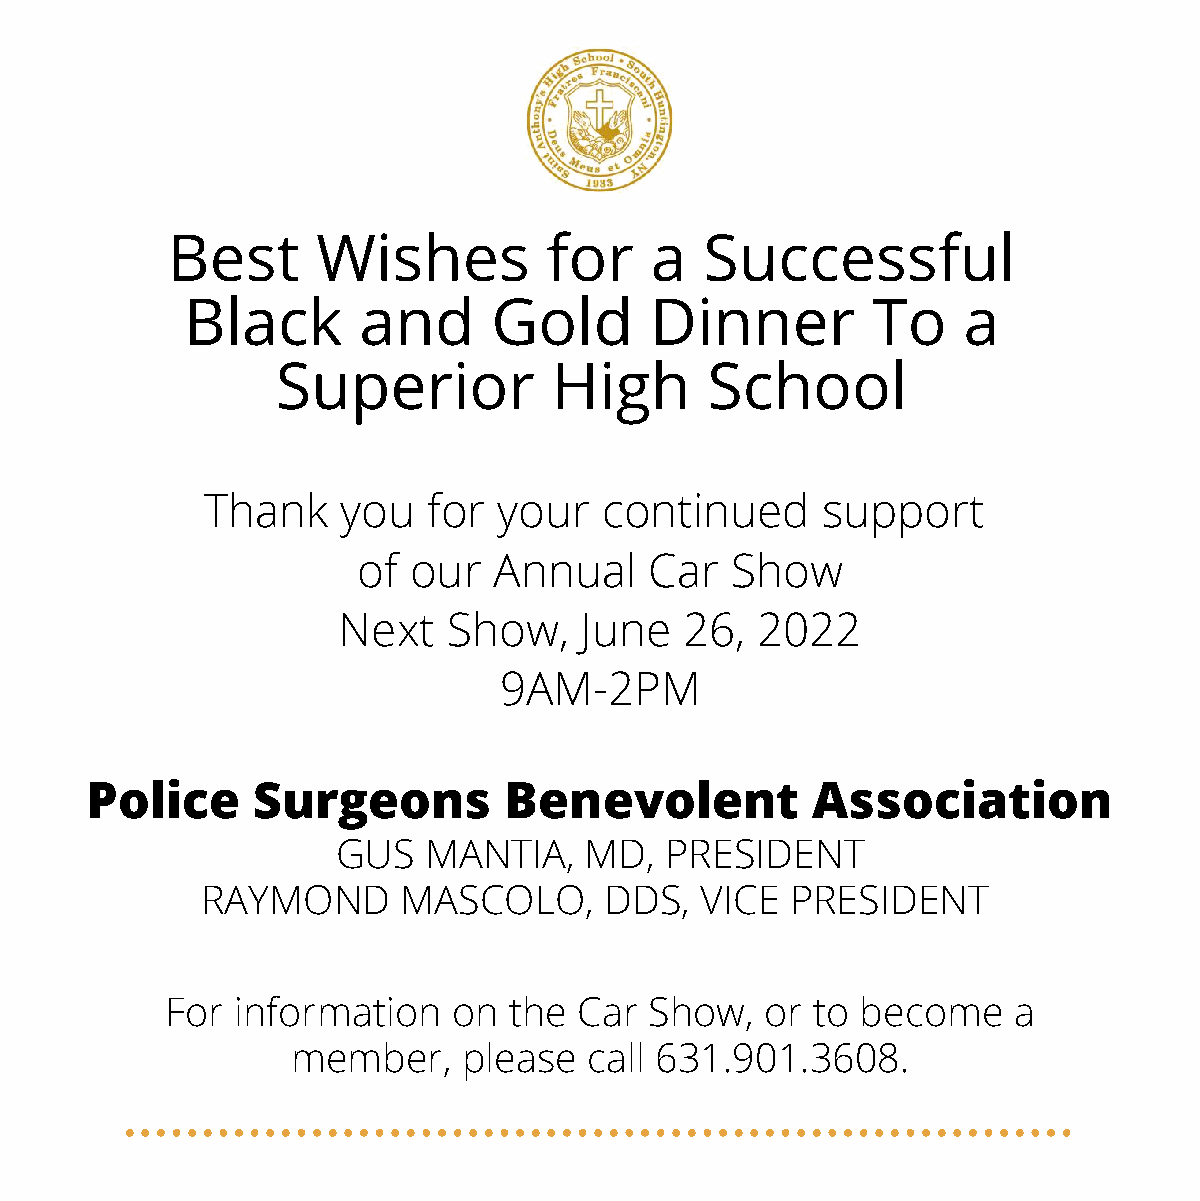
Best      Wishes         for    a   Successful
 Black       and      Gold      Dinner         To    a
 Superior           High      School
 Thank     you  for  your   continued     support
 of our   Annual    Car  Show
 Next    Show,   June   26,  2022
 9AM-2PM
 Police     Surgeons        Benevolent           Association
 GUS   MANTIA,    MD,  PRESIDENT
 RAYMOND       MASCOLO,     DDS,  VICE  PRESIDENT
 For information    on  the Car  Show,   or to become    a
 member,     please  call 631.901.3608.